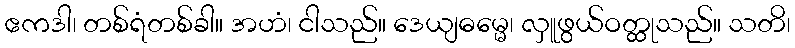
ဧကဒါ၊ တစ်ရံတစ်ခါ။ အဟံ၊ ငါသည်။ ဒေယျဓမ္မေ၊ လှူဖွယ်ဝတ္ထုသည်။ သတိ၊